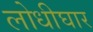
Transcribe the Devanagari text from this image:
लोधीघार